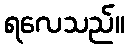
ရလေသည်။